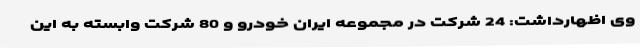
وی اظهارداشت: 24 شرکت در مجموعه ایران خودرو و 80 شرکت وابسته به این